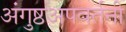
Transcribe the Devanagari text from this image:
अंगुष्ठअपवर्तनी